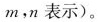
m，n表示)。